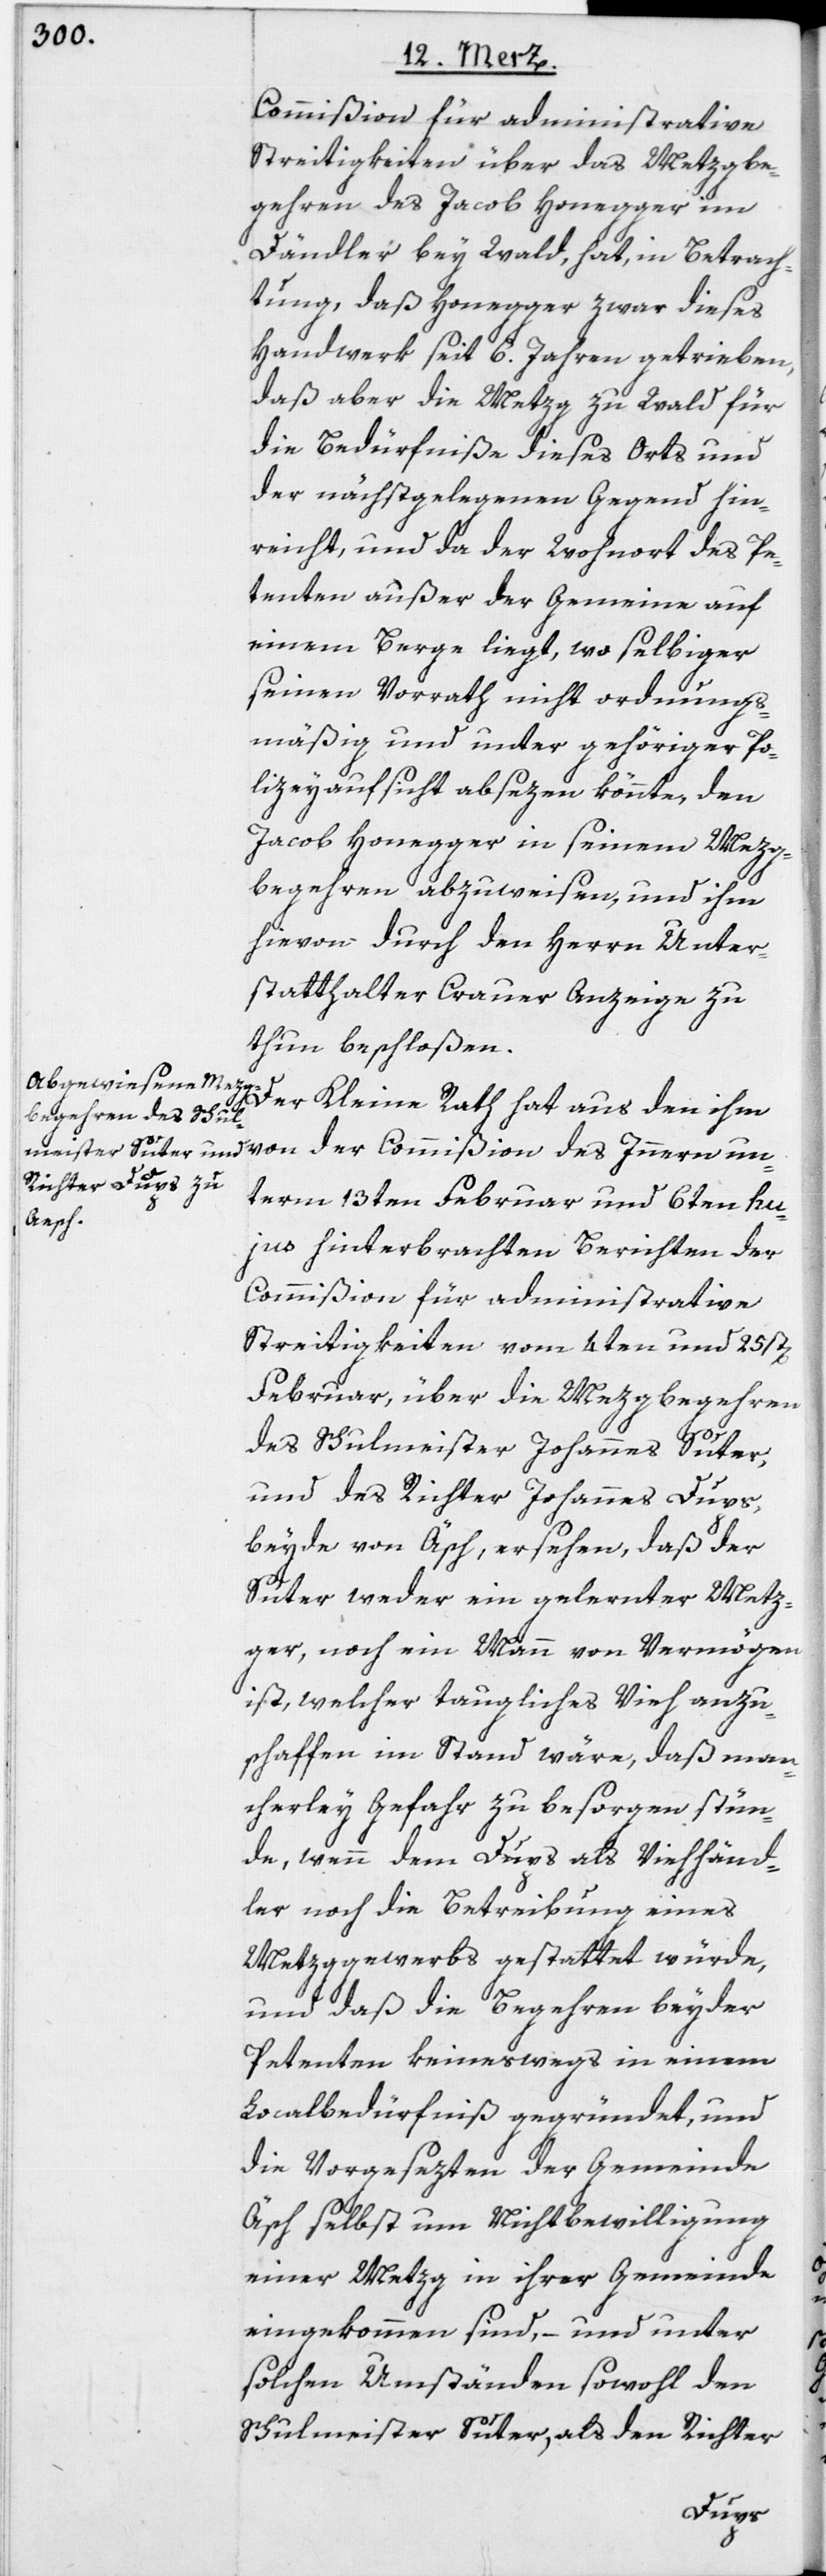
Commißion für administrative
Streitigkeiten über das Metzgbe¬
gehren des Jacob Honegger im
Dändler bey Wald, hat, in Betrach¬
tung, daß Honegger zwar dieses
Handwerk seit 6. Jahren getrieben,
daß aber die Metzg zu Wald für
die Bedürfniße dieses Orts und
der nächstgelegenen Gegend hin¬
reicht, und da der Wohnort des Pe¬
tenten außer der Gemein[d]e auf
einem Berge liegt, wo selbiger
seinen Vorrath nicht ordnungs¬
mäßig und unter gehöriger Po¬
lizeyaufsicht absezen könnte, den
Jacob Honegger in seinem Mezg¬
begehren abzuweisen, und ihm
hievon durch den Herrn Unter¬
statthalter Crauer Anzeige zu
thun beschloßen.
Der Kleine Rath hat aus den ihm
term 13ten Februar und 6ten hu¬
jus hinterbrachten Berichten der
Commißion für administrative
Streitigkeiten vom 4ten und 25st[en]
Februar, über die Mezgbegehren
des Schulmeister Johannes Suter,
und des Richter Johannes Dups,
beyde von Äsch, ersehen, daß der
Suter weder ein gelernter Metz¬
ger, noch ein Mann von Vermögen
ist, welcher taugliches Vieh anzu¬
schaffen im Stand wäre, daß man¬
cherley Gefahr zu besorgen stün¬
de, wenn dem Dups als Viehhänd¬
ler noch die Betreibung eines
Metzggewerbs gestattet würde,
und daß die Begehren beyder
Petenten keineswegs in einem
Localbedürfniß gegründet, und
die Vorgesezten der Gemeinde
Äsch selbst um Nichtbewilligung
einer Metzg in ihrer Gemeinde
eingekommen sind, – und unter
solchen Umständen sowohl den
Schulmeister Suter, als den Richter
un¬